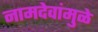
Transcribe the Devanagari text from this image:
नामदेवांमुळे